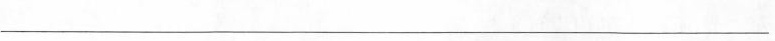
___